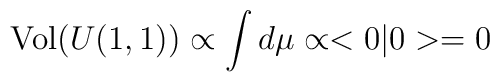
\mbox{Vol}(U(1,1))\propto \int d\mu\propto <0|0>=0